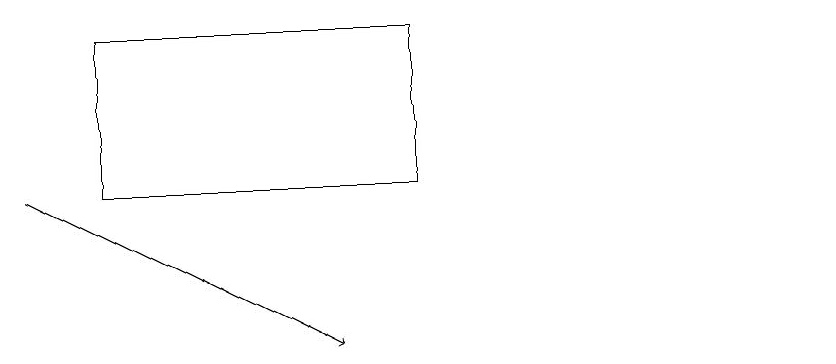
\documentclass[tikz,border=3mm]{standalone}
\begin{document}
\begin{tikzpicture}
\draw (11,11) circle (0);
\draw (6,13) rectangle (2,15);
\draw[->] (1,13) -- (5,11);
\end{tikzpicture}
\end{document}